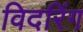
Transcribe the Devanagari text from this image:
विदरिंग